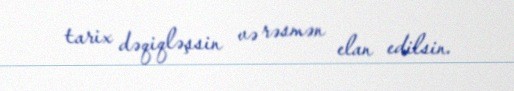
tarix dəqiqləşsin və rəsmən elan edilsin.